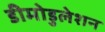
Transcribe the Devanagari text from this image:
डीमोडुलेशन